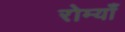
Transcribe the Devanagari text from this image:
रोम्याँ